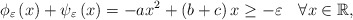
\begin{align*}\phi_\varepsilon \left(x\right)+\psi_\varepsilon \left(x\right)=-ax^{2}+\left(b+c\right)x\geq -\varepsilon\quad\forall x\in\mathbb{R},\end{align*}